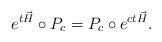
LaTeX: \begin{align*}e^{t\vec{H}} \circ P_c = P_c \circ e^{ c t \vec{H}}.\end{align*}